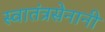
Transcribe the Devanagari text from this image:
स्वातंत्रसेनानी